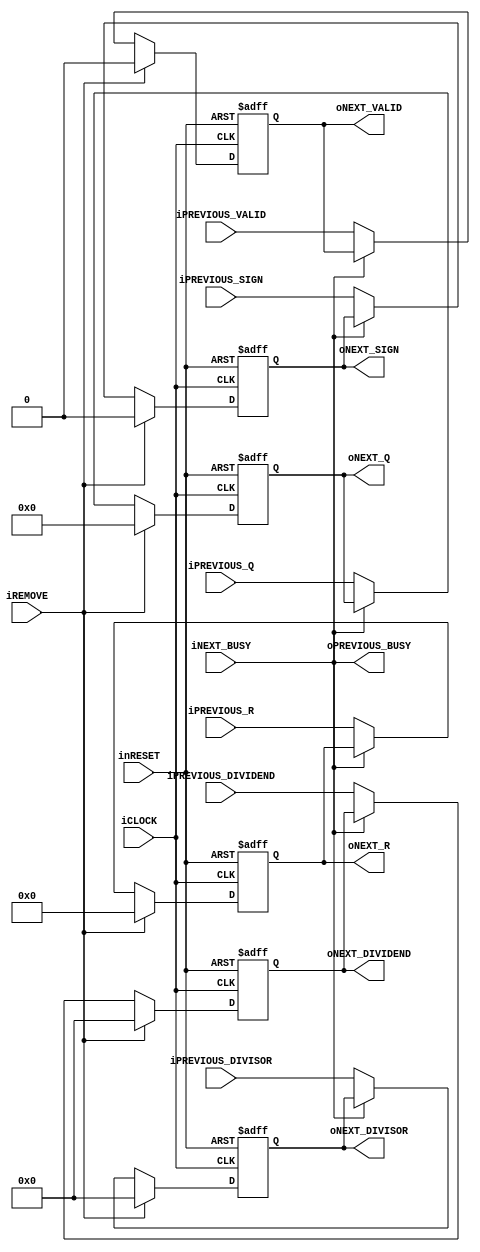
module div_pipelined_latch #(
		parameter N = 4
	)(
		//System
		input wire iCLOCK,
		input wire inRESET,
		input wire iREMOVE,
		//PREVIOUS
		input wire iPREVIOUS_VALID,
		output wire oPREVIOUS_BUSY,
		input wire iPREVIOUS_SIGN,
		input wire [31:0] iPREVIOUS_DIVISOR,
		input wire [31:0] iPREVIOUS_DIVIDEND,
		input wire [N-1:0] iPREVIOUS_Q,
		input wire [30:0] iPREVIOUS_R,
		//NEXT
		output wire oNEXT_VALID,
		input wire iNEXT_BUSY,
		output wire oNEXT_SIGN,
		output wire [31:0] oNEXT_DIVISOR,
		output wire [31:0] oNEXT_DIVIDEND,
		output wire [N-1:0] oNEXT_Q,
		output wire [30:0] oNEXT_R
	);
					
	reg b_valid;
	reg b_sign;
	reg [31:0] b_divisor;
	reg [31:0] b_dividend;
	reg [N-1:0] b_q;	
	reg [30:0] b_r;
	
	always@(posedge iCLOCK or negedge inRESET)begin
		if(!inRESET)begin
			b_valid <= 1'b0;
			b_sign <= 1'b0;
			b_divisor <= {32{1'b0}};
			b_dividend <= {32{1'b0}};	
			b_q <= {N{1'b0}};		
			b_r <= {31{1'b0}};		
		end
		else if(iREMOVE)begin
			b_valid <= 1'b0;
			b_sign <= 1'b0;
			b_divisor <= {32{1'b0}};
			b_dividend <= {32{1'b0}};	
			b_q	<= {N{1'b0}};		
			b_r	<= {31{1'b0}};	
		end
		else begin
			if(!iNEXT_BUSY)begin
				b_valid <= iPREVIOUS_VALID;
				b_sign <= iPREVIOUS_SIGN;
				b_divisor <= iPREVIOUS_DIVISOR;
				b_dividend <= iPREVIOUS_DIVIDEND;	
				b_q	<= iPREVIOUS_Q;		
				b_r	<= iPREVIOUS_R;
			end
		end
	end
	
	
	assign oPREVIOUS_BUSY = iNEXT_BUSY;
	assign oNEXT_VALID = b_valid;
	assign oNEXT_SIGN = b_sign;
	assign oNEXT_DIVISOR = b_divisor;
	assign oNEXT_DIVIDEND = b_dividend;
	assign oNEXT_Q = b_q;
	assign oNEXT_R = b_r;
	
endmodule